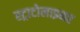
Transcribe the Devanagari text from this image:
स्ट्राटोलाइनर